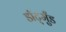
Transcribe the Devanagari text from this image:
डॉर्ट्मुंड